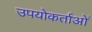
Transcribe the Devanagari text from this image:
उपयोकर्ताओं